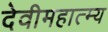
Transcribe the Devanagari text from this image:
देवीमहात्म्य